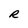
Character: R